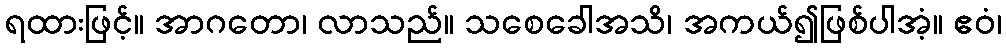
ရထားဖြင့်။ အာဂတော၊ လာသည်။ သစေခေါအသိ၊ အကယ်၍ဖြစ်ပါအံ့။ ဧဝံ၊